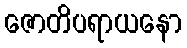
ဇောတိပရာယနော